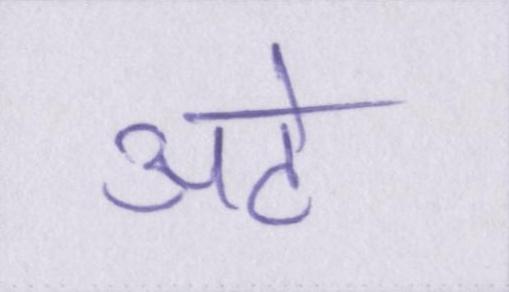
अटे